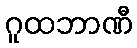
ဂူထဘာဏီ